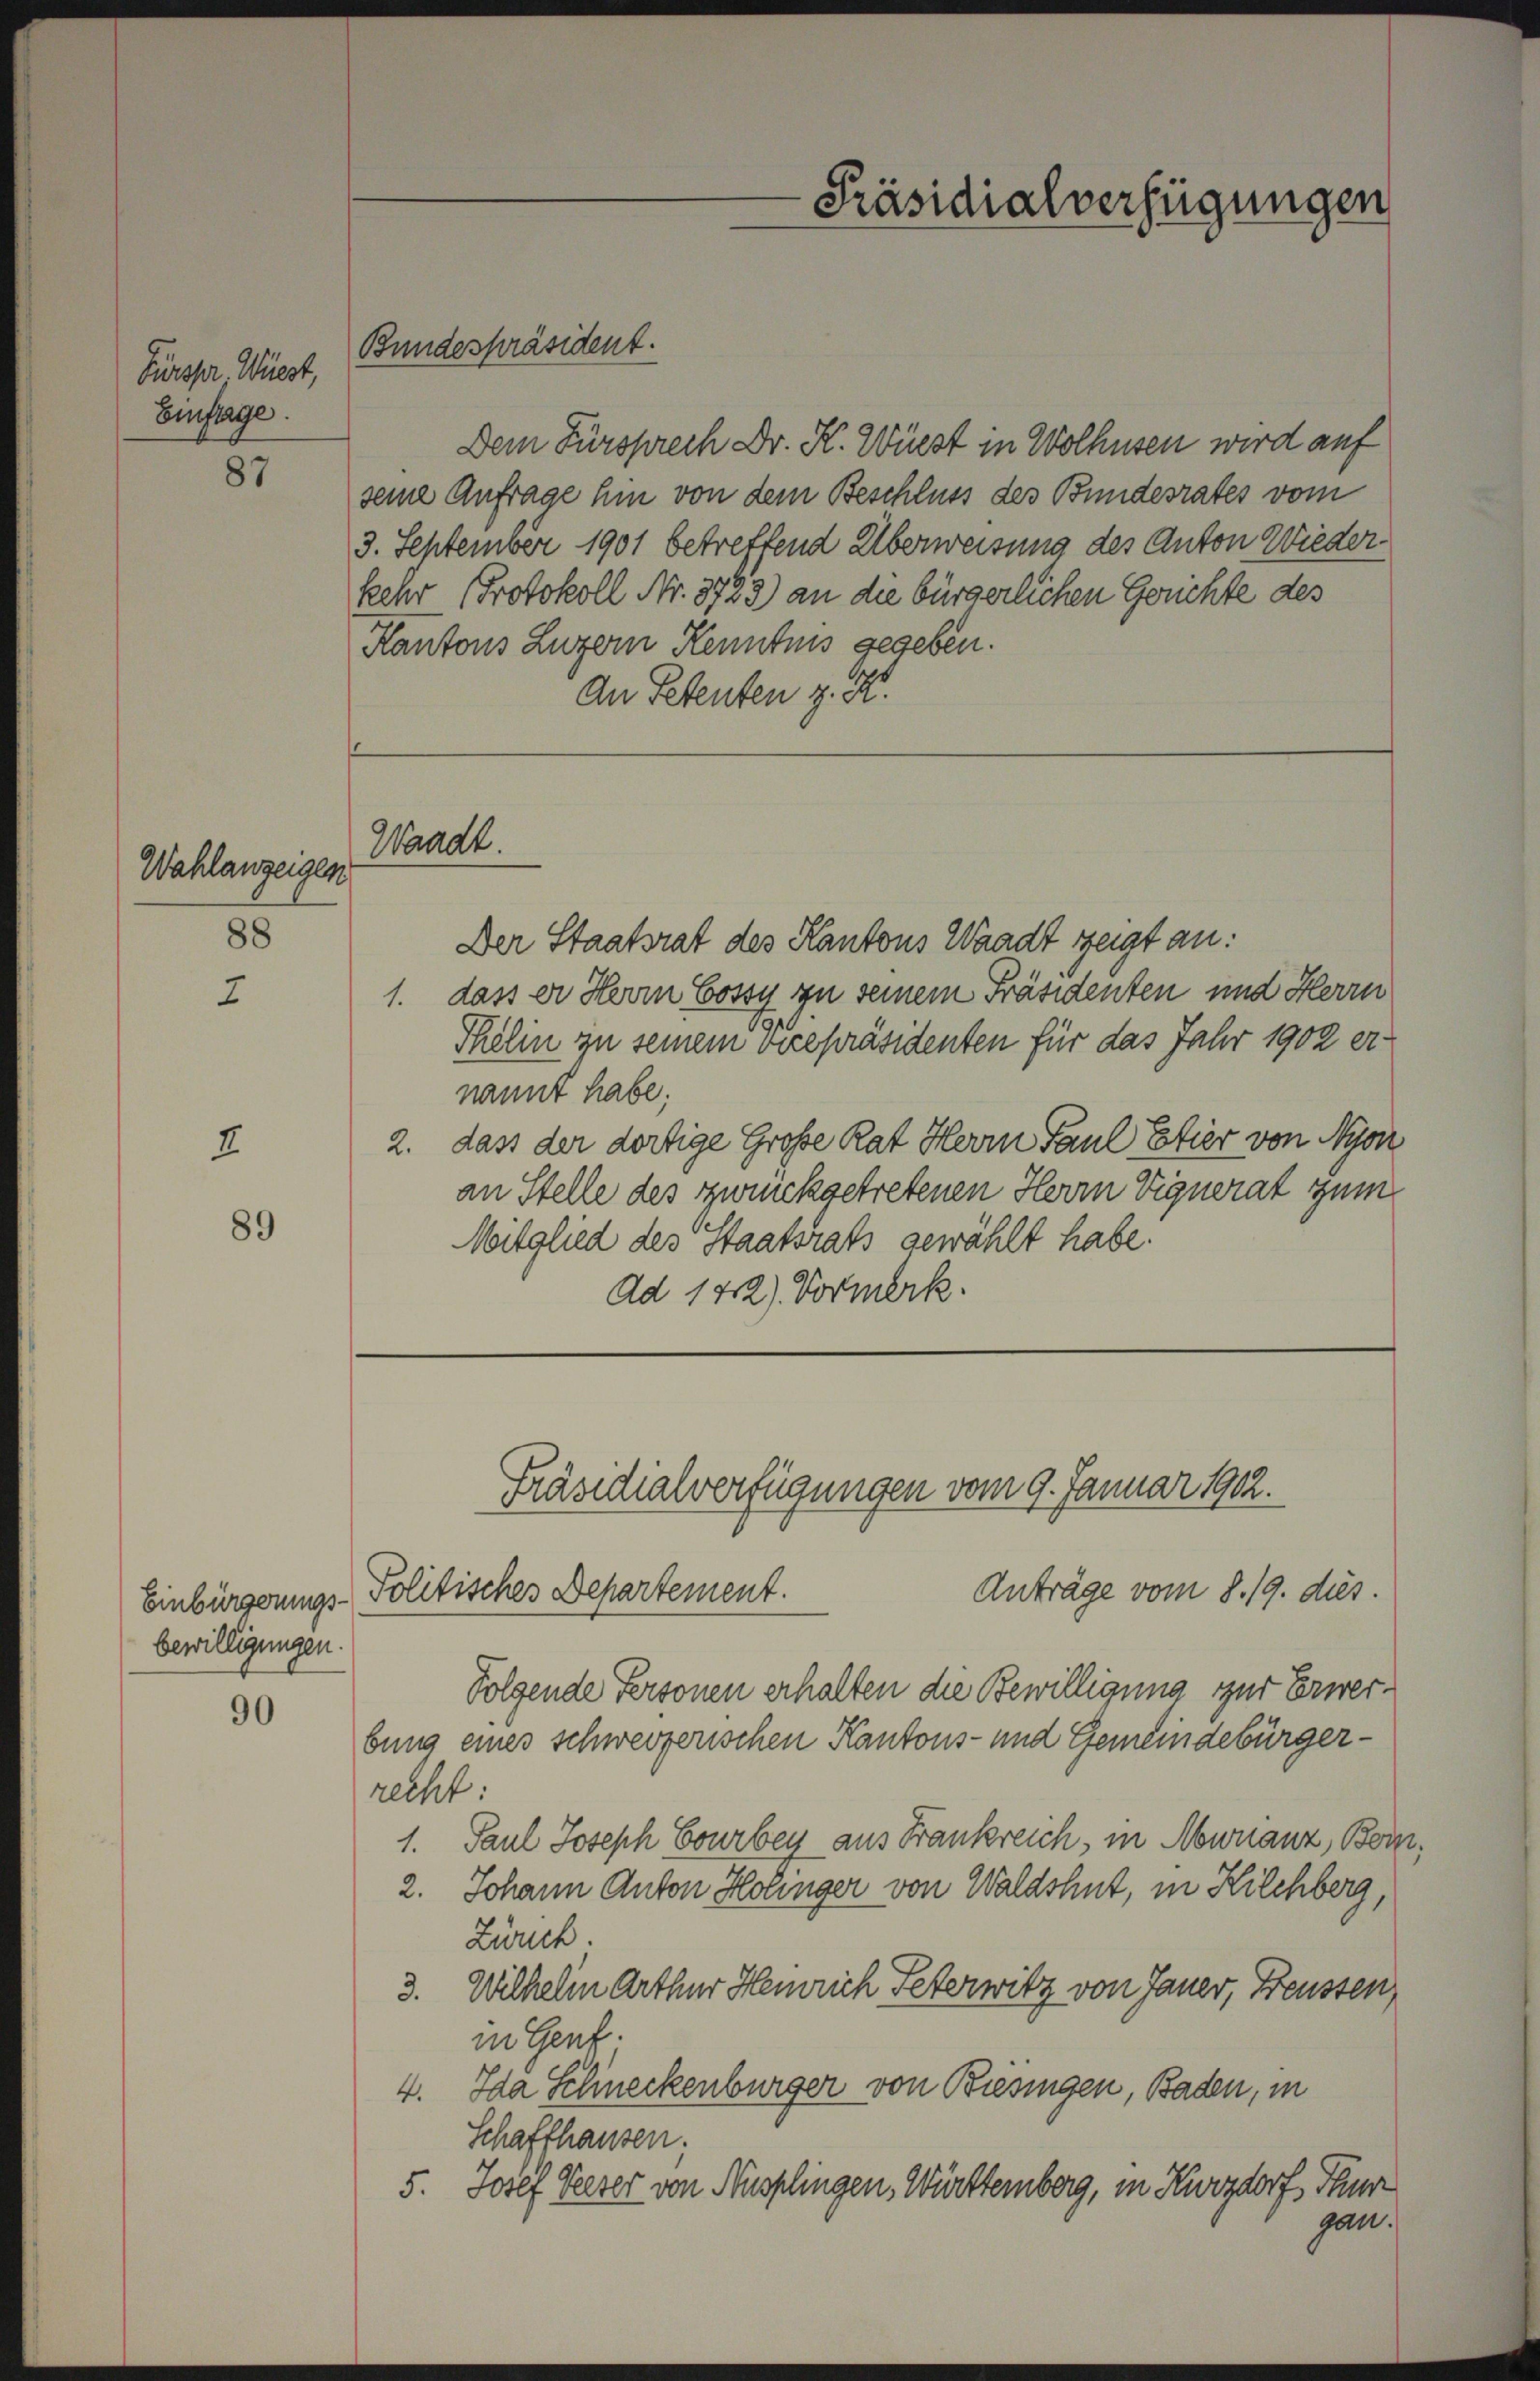
Fürspr. Wüest,
Einfrage.

87

Wahlanzeigen
88

2

89

bewilligungen

90

Bundespräsident.

Dem Fürsprech Dr. K. Wüest in Wolhusen wird auf
seine Anfrage hin von dem Beschluss des Bundesrates vom
3. September 1901 betreffend Überweisung des Anton Wieder
kehr Protokoll Nr. 3723) an die bürgerlichen Gerichte des
Kantons Luzern Kenntnis gegeben.
An Petenten z. K.

Waadt.

Der Staatsrat des Kantons Waadt zeigt an:
1. dass er Herrn Cossy zu seinem Präsidenten und Herrn
Pfelin zu seinem vicepräsidenten für das Jahr 1902 ernannt habe.
2. dass der dortige Große Rat Herrn Paul Etier von Nyon
an Stelle des zurückgetretenen Herrn Vignerat zum
Mitglied des Staatsrats gewählt habe.
Ad 142) Vormerk.

Einbürgerungs-Politisches Departement.

Präsidialverfügungen

Präsidialverfügungen vom 9. Januar 1902.

Anträge vom 8. 19. dies
Folgende Personen erhalten die Bewilligung zur Erwerbung eines schweizerischen Kantons- und Gemeindebürgerrecht:
1. Paul Joseph Courben aus Frankreich, in Abwuanz, Born¬
2. Johann Anton Holinger von Waldshut, in Kilchberg,
Zürich.
3. Wilhelm Arthur Heinrich Peterwitz von Janer, Freussen
in Gent
4. Ida Schineckenbürger von Biesingen, Baden, in
Schaffhausen.
5. Josef Peeser von Nüsplingen, Württernberg, in Kurzdorf, Thur
gan.